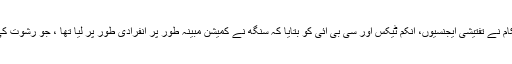
انہوں نے دعوی کیا کہ حکام نے تفتیشی ایجنسیوں، انکم ٹیکس اور سی بی آئی کو بتایا کہ سنگھ نے کمیشن مبینہ طور پر انفرادی طور پر لیا تھا ، جو رشوت کی دیگر رقم سے الگ تھی ۔